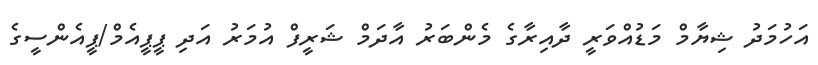
އަހުމަދު ޝިޔާމް މަޑުއްވަރީ ދާއިރާގެ މެންބަރު އާދަމް ޝަރީފް އުމަރު އަދި ޕީޕީއެމް/ޕީއެންސީގެ